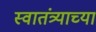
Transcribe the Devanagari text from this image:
स्‍वातंत्र्याच्‍या